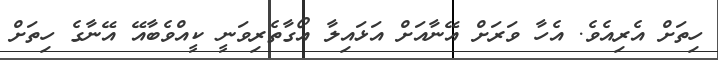
ހިތަށް އެރިއެވެ. އެހާ ވަރަށް އޭނާއަށް އަޅައިލާ އޯގާތެރިވަނީ ކީއްވެބާއޭ އޭނާގެ ހިތަށް